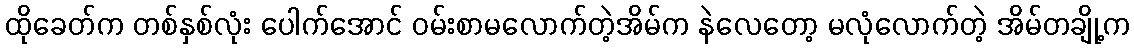
ထိုခေတ်က တစ်နှစ်လုံး ပေါက်အောင် ဝမ်းစာမလောက်တဲ့အိမ်က နဲလေတော့ မလုံလောက်တဲ့ အိမ်တချို့က